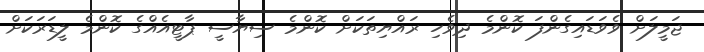
ޖަމީލަށް ވެވަޑައިގެންފަ ކޮންމެ ދިވެހި ރައްޔިތަކަށް ކޮންމެ ސިޔާސީ ޕާޓީއެއްގެ ކޮންމެ ލީޑަރަކަށް